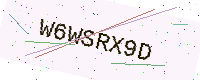
Text: W6WSRX9D